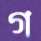
গ